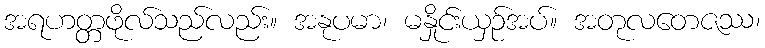
အရဟတ္တဖိုလ်သည်လည်း။ အနုပမာ၊ မနှိုင်းယှဉ်အပ်။ အတုလတေဇဿ၊